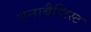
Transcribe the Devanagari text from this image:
एनाबैप्टिस्ट